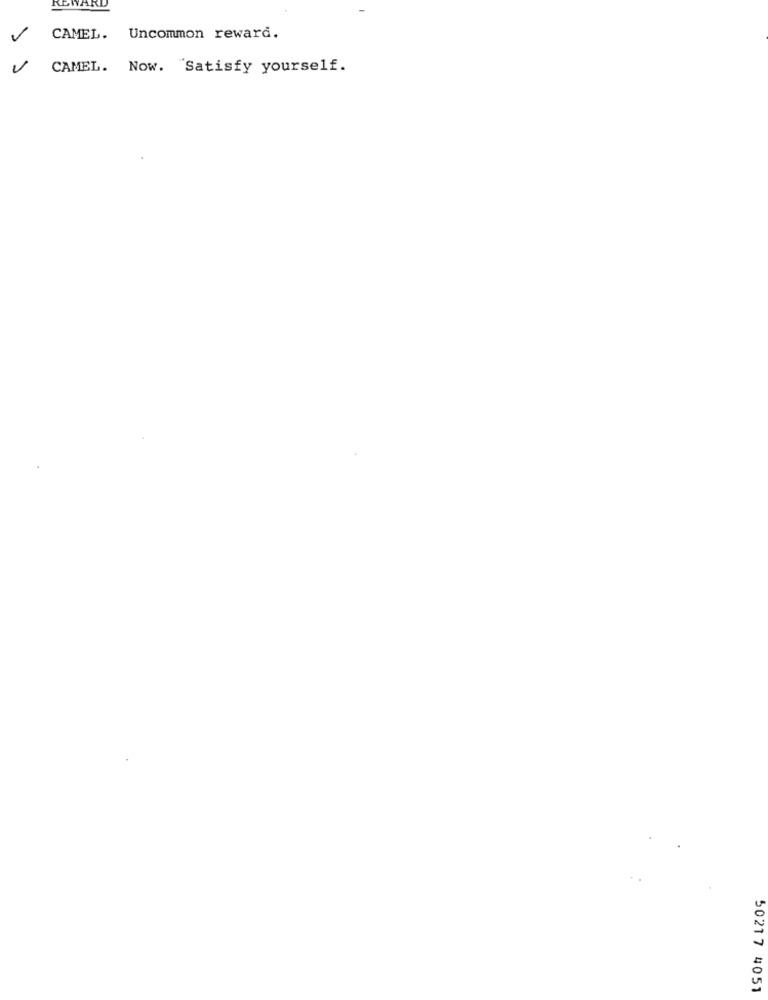
REWARD
CAMEL. Uncommon reward.
CAMEL. Now. "Satisfy yourself.
50217 4051